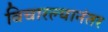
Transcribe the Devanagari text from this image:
विचारल्यानंतर